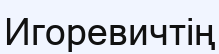
Игоревичтің